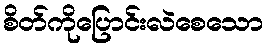
စိတ်ကိုပြောင်းလဲစေသော